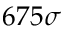
6 7 5 \sigma